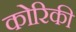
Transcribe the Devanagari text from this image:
कोरिकी